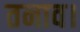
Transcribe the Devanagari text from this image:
तनाव।